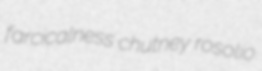
farcicalness chutney rosolio